Report on vaccination in Madras 1922-1929 - 1922-1929
Year: 1922
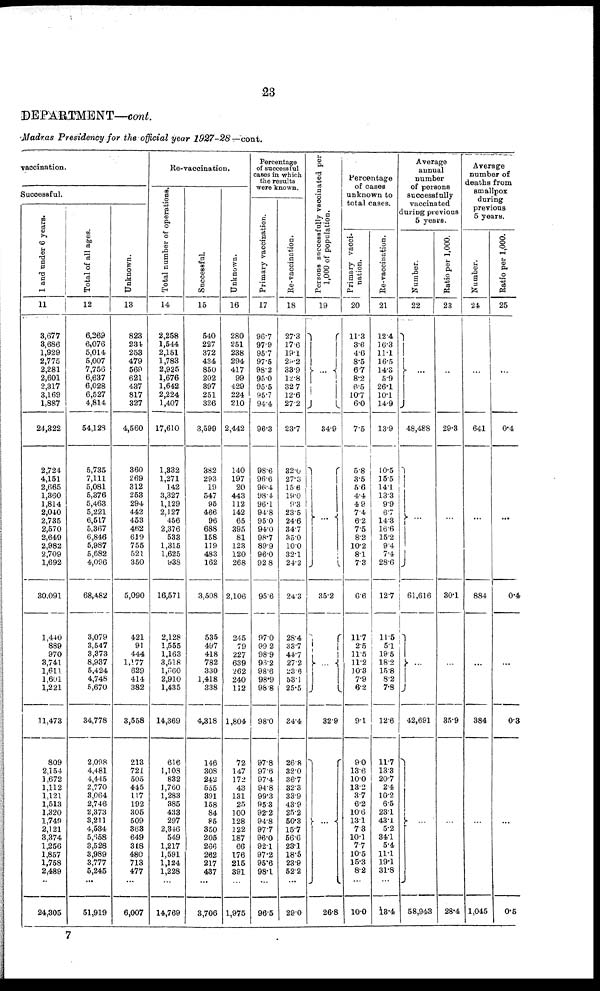
23
DEPARTMENT—cont.
Madras Presidency for the official year 1927-28— cont.
vaccination.
Successful.
1 and under 6 years.
11
3,677
3,686
1,929
2,775
2,281
2,601
2,317
3,169
1,887
24,322
2,724
4,151
2,665
1,360
1,814
2,040
2,735
2,570
2,649
2,982
2,709
1,692
30,091
1,440
889
970
3,741
1,611
1,601
1,221
11,473
809
2,154
1,672
1,112
1,121
1,513
1,320
1,749
2,121
3,374
1,256
1,857
1,758
2,489
...
24,305
Total of all ages.
12
6,269
6,076
5,014
5,007
7,756
6,637
6,028
6,527
4,814
54,128
5,735
7,111
5,081
5,376
5,463
5,221
6,517
5,367
6,846
5,987
5,682
4,096
68,482
3,079
3,547
3,373
8,937
5,424
4,748
5,670
34,778
2,098
4,481
4,445
2,770
3,064
2,746
2,373
3,211
4,534
5,658
3,528
3,989
3,777
5,245
...
51,919
Unknown.
13
823
234
253
479
569
621
437
817
327
4,560
360
269
312
253
294
442
453
462
619
755
521
350
5,090
421
91
444
1,177
629
414
382
3,558
213
721
505
445
117
192
305
509
368
649
318
480
713
477
...
6,007
Re-vaccination.
Total number of operations.
14
2,258
1,544
2,151
1,783
2,925
1,676
1,642
2,224
1,407
17,610
1,332
1,271
142
3,327
1,129
2,127
456
2,376
533
1,315
1,625
938
16,571
2,128
1,555
1,163
3,518
1,660
2,910
1,435
14,369
616
1,108
832
1,760
1,283
385
433
297
2,346
549
1,217
1,591
1,124
1,228
...
14,769
Successful.
15
540
227
372
434
850
202
397
251
326
3,599
382
293
19
547
95
466
96
688
158
119
483
162
3,508
535
497
418
782
330
1,418
338
4,318
146
308
242
555
391
158
84
85
350
205
266
262
217
437
...
3,706
Unknown.
16
280
251
238
294
417
99
429
224
210
2,442
140
197
20
443
112
142
65
395
81
123
120
268
2,106
245
79
227
639
262
240
112
1,804
72
147
172
43
131
25
100
128
122
187
66
176
215
391
...
1,975
Percentage
of successful
cases in which
the results
were known.
Primary vaccination.
17
96.7
97.9
95.7
97.5
98.2
95.0
95.5
95.7
94.4
96.3
98.6
96.6
96.4
98.4
96.1
94.8
95.0
94.0
98.7
89.9
96.0
92.8
95.6
97.0
99.2
98.9
96.2
98.6
98.9
98.8
98.0
97.8
97.6
97.4
94.8
99.3
95.3
92.2
94.8
97.7
96.0
92.1
97.2
95.6
98.1
...
96.5
Re-vaccination.
18
27.3
17.6
19.1
29.2
33.9
12.8
32.7
12.6
27.2
23.7
32.0
27.3
15.6
19.0
9.3
23.5
24.6
34.7
35.0
10.0
32.1
24.2
24.3
28.4
33.7
44.7
27.2
23.6
53.1
25.5
34.4
26.8
32.0
36.7
32.3
33.9
43.9
25.2
50.3
15.7
56.6
23.1
18.5
23.9
52.2
...
29.0
Persons successfully vaccinated per
1,000 of population.
19
...
34.9
...
35.2
...
32.9
...
26.8
Percentage
of cases
unknown to
total cases.
Primary vacci-
nation.
20
11.3
3.6
4.6
8.5
6.7
8.2
6.5
10.7
6.0
7.5
5.8
3.5
5.6
4.4
4.9
7.4
6.2
7.5
8.2
10.2
8.1
7.3
6.6
11.7
2.5
11.5
11.2
10.3
7.9
6.2
9.1
9.0
13.6
10.0
13.2
3.7
6.2
10.6
13.1
7.3
10.1
7.7
10.5
15.3
8.2
...
10.0
Re-vaccination.
21
12.4
16.3
11.1
16.5
14.3
5.9
26.1
10.1
14.9
13.9
10.5
15.5
14.1
13.3
9.9
6.7
14.3
16.6
15.2
9.4
7.1
28.6
12.7
11.5
5.1
19.5
18.2
15.8
8.2
7.8
12.6
11.7
13.3
20.7
2.4
10.2
6.5
23.1
43.1
5.2
34.1
5.4
11.1
19.1
31.8
...
13.4
Average
annual
number
of persons
successfully
vaccinated
during previous
5 years.
Number.
22
...
48,488
...
61,616
...
42,691
...
58,943
Ratio per 1,000.
23
...
29.3
...
30.1
...
35.9
...
28.4
Average
number of
deaths from
smallpox
during
previous
5 years.
Number.
24
...
641
...
884
...
384
...
1,045
Ratio per 1,000.
25
...
0.4
...
0.4
...
0.3
...
0.5
7